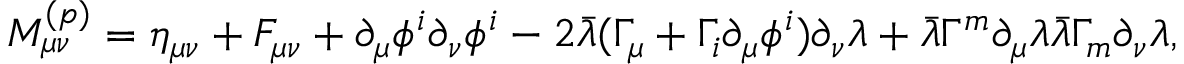
M _ { \mu \nu } ^ { ( p ) } = \eta _ { \mu \nu } + F _ { \mu \nu } + \partial _ { \mu } \phi ^ { i } \partial _ { \nu } \phi ^ { i } - 2 \bar { \lambda } ( \Gamma _ { \mu } + \Gamma _ { i } \partial _ { \mu } \phi ^ { i } ) \partial _ { \nu } \lambda + \bar { \lambda } \Gamma ^ { m } \partial _ { \mu } \lambda \bar { \lambda } \Gamma _ { m } \partial _ { \nu } \lambda ,